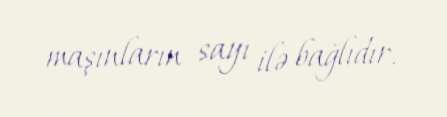
maşınların sayı ilə bağlıdır.